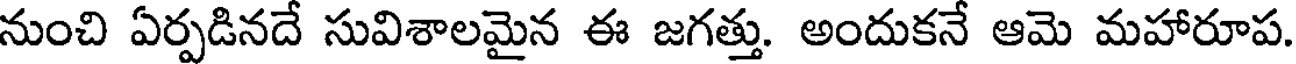
నుంచి ఏర్పడినదే సువిశాలమైన ఈ జగత్తు. అందుకనే ఆమె మహారూప